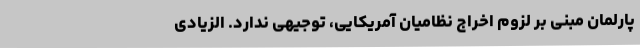
پارلمان مبنی بر لزوم اخراج نظامیان آمریکایی، توجیهی ندارد. الزیادی